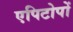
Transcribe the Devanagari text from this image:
एपिटोपों